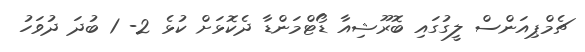
ޗެމްޕިއަންސް ލީގުގައި ބޮރޫޝިއާ ޑޯޓްމަންޑާ ދެކޮޅަށް ކުޅެ 2- 1 ބުދަ ދުވަހު